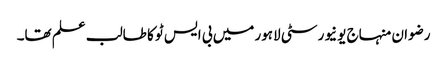
رضوان منہاج یونیورسٹی لاہور میں بی ایس ٹو کا طالب علم تھا۔